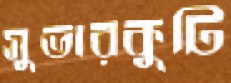
সুভারকুটি